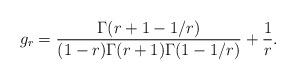
LaTeX: \begin{align*} g_r= \frac{ \Gamma(r+1-1/r)}{(1-r)\Gamma(r+1)\Gamma(1-1/r)}+\frac{1}{r}. \end{align*}